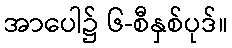
အာပေါ၌ ၆-စီနှစ်ပုဒ်။